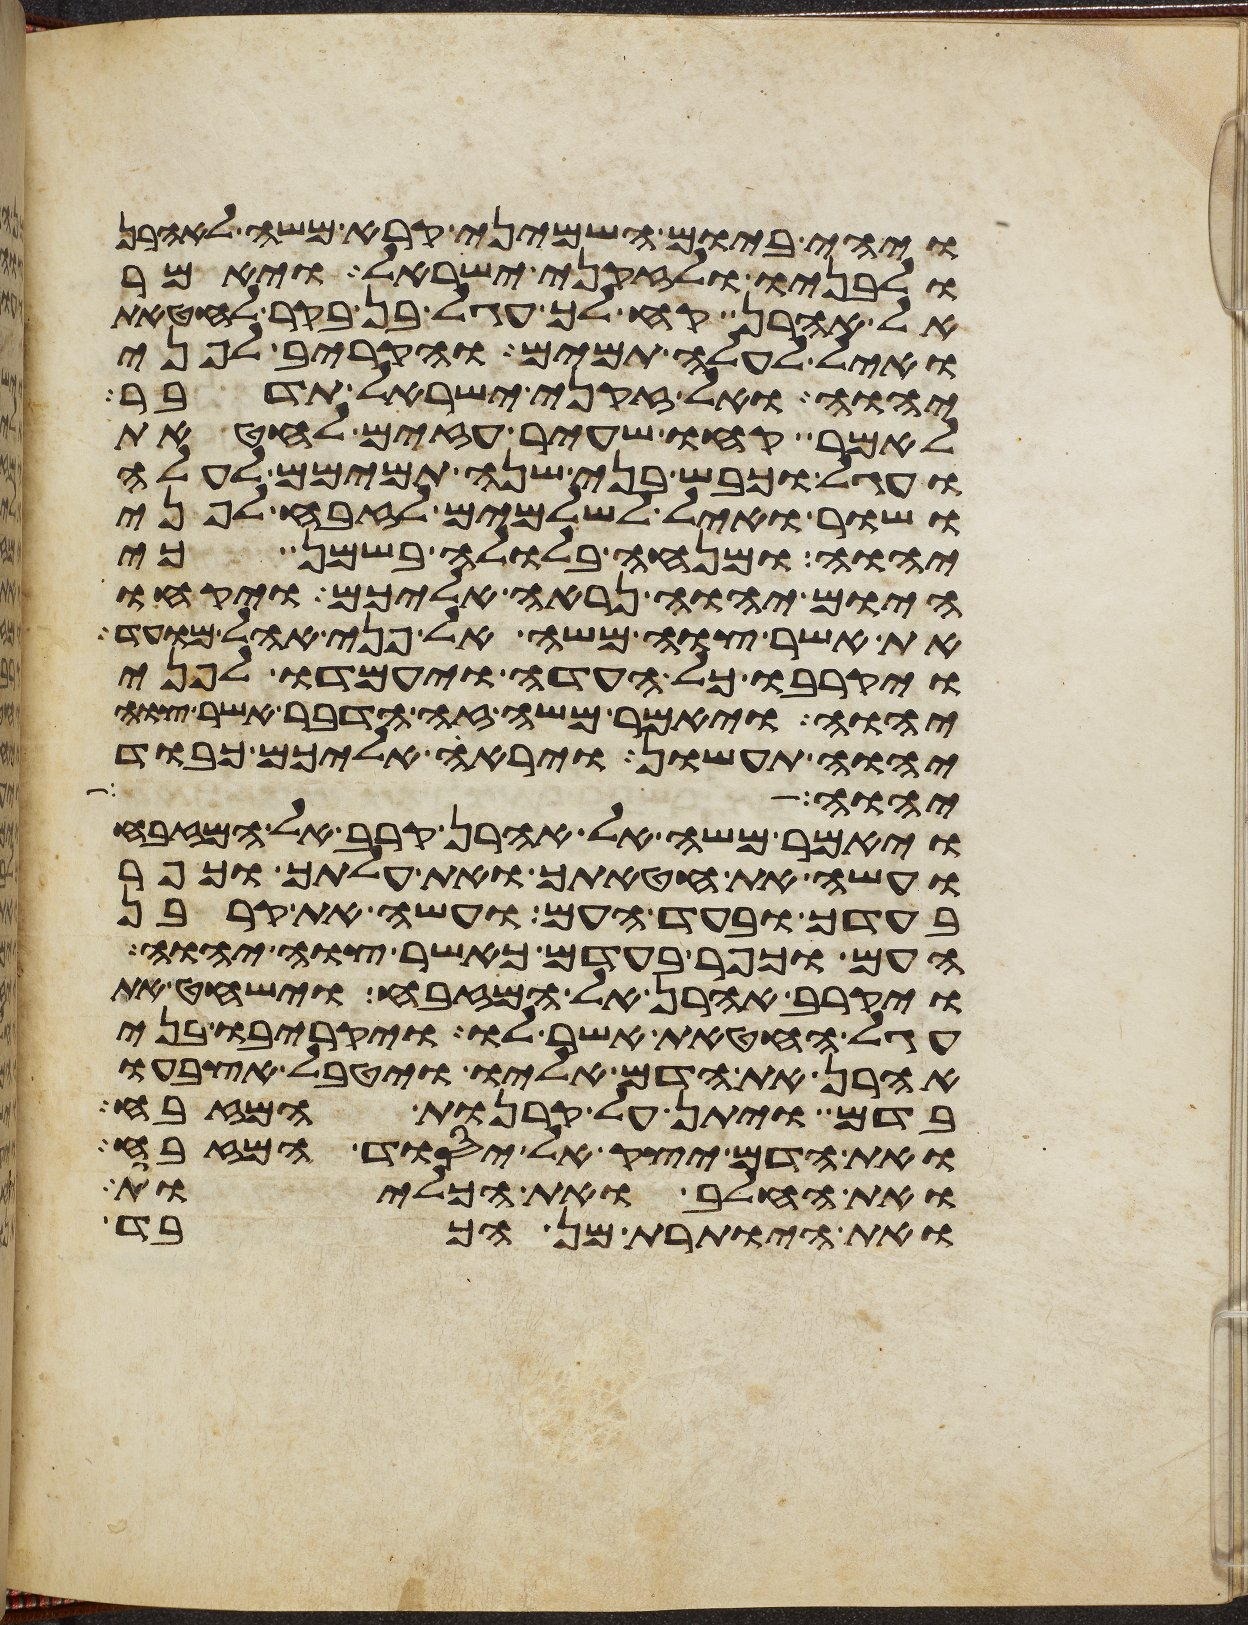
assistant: ויהי ביום השמיני קרא משה לאהרן
ולבניו ולזקני ישראל ויאמר
אל אהרן קח לך עגל בן בקר לחטאת
ואיל לעלה תמימם והקריב לפני
יהוה ואל זקני ישראל תדבר
לאמר קחו שעיר עזים לחטאת
ועגל וכבש בני שנה תמימם לעלה
ושור ואיל לשלמים לזבח לפני
יהוה ומנחה בלולה בשמן כי
היום יהוה נראה אליכם ויקחו
את אשר צוה משה אל פני אהל מועד
ויקרבו כל העדה ויעמדו לפני
יהוה ויאמר משה זה הדבר אשר צוה
יהוה תעשון ויראה אליכם כבוד
יהוה רק
ויאמר משה אל אהרן קרב אל המזבח
ועשה את חטאתך ואת עלתך וכפר
בעדך ובעד העם ועשה את קרבן
העם וכפר בעדם כאשר צוה יהוה
ויקרב אהרן אל המזבח וישחט את
עגל החטאת אשר לו ויקריבו בני
אהרן את הדם אליו ויטבל אצבעו
בדם ויתן על קרנות המזבח
ואת הדם יצק אל יסוד המזבח
ואת החלב ואת הכליות
ואת היותרת מן הכבד